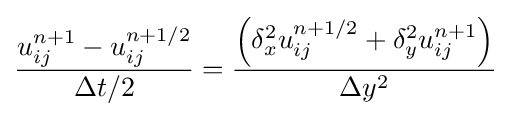
{u_{ij}^{n+1}-u_{ij}^{n+1/2} \over \Delta t/2}={\left(\delta _{x}^{2}u_{ij}^{n+1/2}+\delta _{y}^{2}u_{ij}^{n+1}\right) \over \Delta y^{2}}